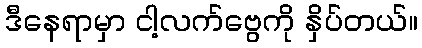
ဒီနေရာမှာ ငါ့လက်ဗွေကို နှိပ်တယ်။